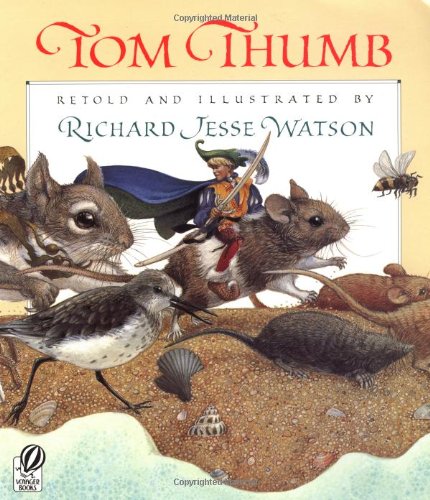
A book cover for Tom Thumb; Richard Jesse Watson; Children's Books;